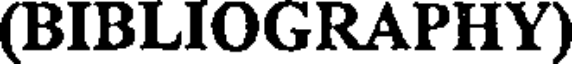
(BIBLIOGRAPHY)